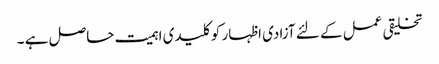
تخلیقی عمل کے لئے آزادی اظہار کو کلیدی اہمیت حاصل ہے ۔